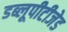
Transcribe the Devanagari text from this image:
डब्लूपीटीजेड